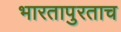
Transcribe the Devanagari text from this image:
भारतापुरताच